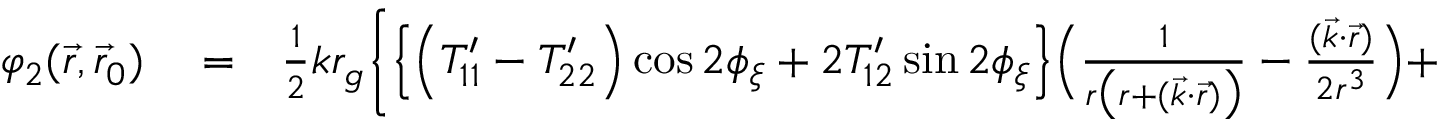
\begin{array} { r l r } { \varphi _ { 2 } ( \vec { r } , \vec { r } _ { 0 } ) } & { { } = } & { { \textstyle \frac { 1 } { 2 } } k r _ { g } \bigg \{ \Big \{ \Big ( { \cal T } _ { 1 1 } ^ { \prime } - { \cal T } _ { 2 2 } ^ { \prime } \Big ) \cos 2 \phi _ { \xi } + 2 { \cal T } _ { 1 2 } ^ { \prime } \sin 2 \phi _ { \xi } \Big \} \Big ( \frac { 1 } { r \big ( r + ( { \vec { k } } \cdot { \vec { r } } ) \big ) } - \frac { ( { \vec { k } } \cdot { \vec { r } } ) } { 2 r ^ { 3 } } \Big ) + } \end{array}